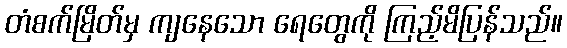
တံစက်မြိတ်မှ ကျနေသော ရေတွေကို ကြည့်မိပြန်သည်။